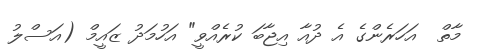
މާތް  އަހަރެންގެ އެ ދުއާ އިޖާބަ ކުރެއްވީ" އަހުމަދު ޒައީމް (އަސްލު